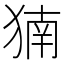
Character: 𬌹